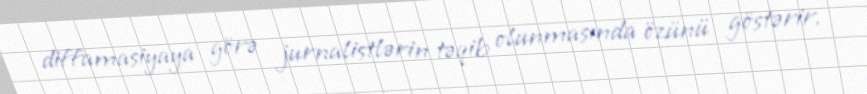
diffamasiyaya görə jurnalistlərin təqib olunmasında özünü göstərir.